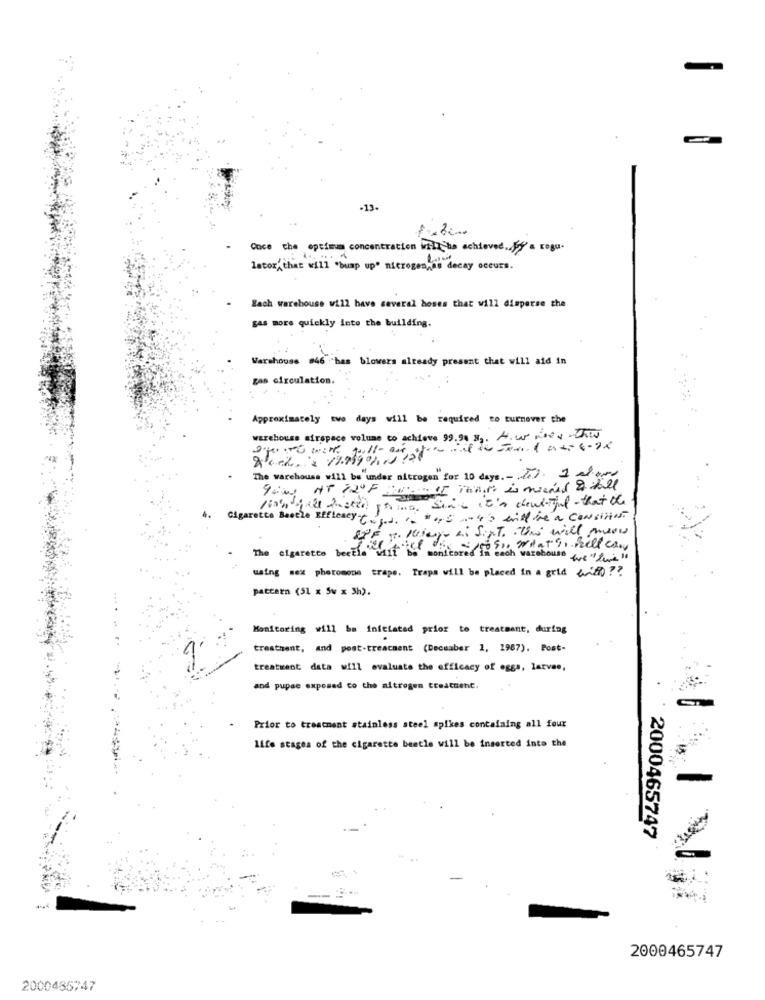
-13.
Coce the optimum concentration ill bs achieved. By's rogu-
latox, chat will "bump up" nitrogen,as decay occurs.
Each warehouse will have several hoses that will disperse the
gas more quickly into the building.
Warehouse #46 "has blowers already present that will aid in
gas circulation.
Approximately two days will be required to turnover the
warehouse airspace volume to achieve 99.90 H2. Aur noes chews
The warehouse will be under nitrogen" for 10 days. - Ft. 1 alors
Since it's dent-il- that the
/04/20202020 50 00.
4.
Cigaretta Beatle Efficacy Cos "0,5 -4's will be a CONSTANT
SPF 3. Niego ai Sigt. this will mean
The cigarette beetle"mif
varabouse we " live "
using sex pheromone craps. Traps will be placed in a grid with ??
pattern (51 x Sw x 3h).
Monitoring will be initiated prior to treatment, during
...
treatment, and post-treatment (Deceaber 1, 1987). Post-
treatment data will evaluate the efficacy of eggs, larvae,
and pupae exposed to the nitrogen treatment.
Prior to treatment stainless steel spikes containing all four
Life stages of the cigarette beetle will be inserted into the
2000465747
2000465747
2000485747